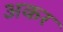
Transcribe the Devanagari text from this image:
अकर